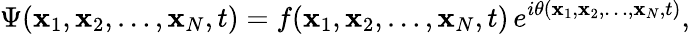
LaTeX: \Psi({\mathbf x}_{1},{\mathbf x}_{2},\ldots,{\mathbf x}_{N},t)=f({\mathbf x}_{1},{\mathbf x}_{2},\ldots,{\mathbf x}_{N},t)\, e^{i\theta({\mathbf x}_{1},{\mathbf x}_{2},\ldots,{\mathbf x}_{N},t)},